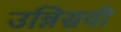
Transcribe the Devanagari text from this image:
उन्निसवी